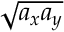
\sqrt { a _ { x } a _ { y } }